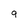
Character: 9